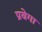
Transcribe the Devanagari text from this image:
प्रवेगा